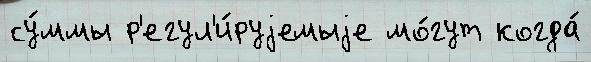
су́ммы р'егул'и́руjемыjе мо́гут когда́